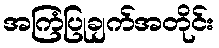
အကြံပြုချက်အတိုင်း